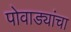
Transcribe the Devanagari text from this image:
पोवाड्यांचा